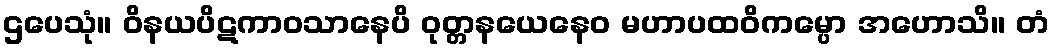
ဌပေသုံ။ ဝိနယပိဋကာဝသာနေပိ ဝုတ္တနယေနေဝ မဟာပထဝိကမ္ပော အဟောသိ။ တံ